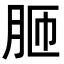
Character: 𦚗